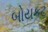
બોયકટ